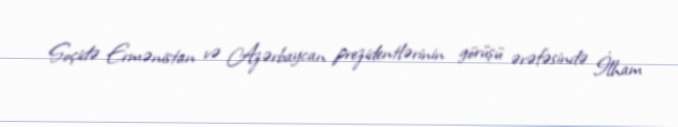
Soçidə Ermənistan və Azərbaycan prezidentlərinin görüşü ərəfəsində İlham